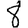
Digit: 8